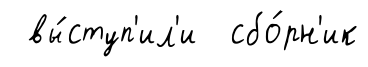
вы́ступ'ил'и сбо́рн'ик